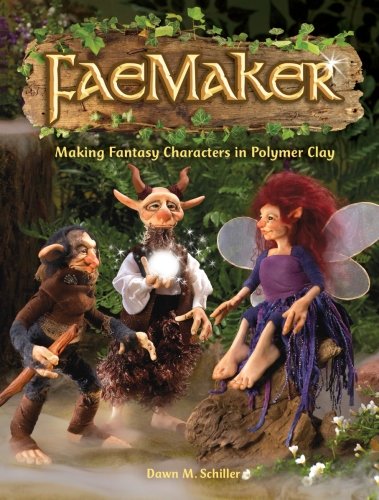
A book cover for FaeMaker: Making Fantasy Characters in Polymer Clay; Dawn M. Schiller; Crafts, Hobbies & Home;